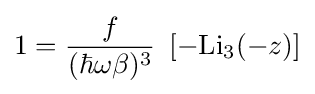
1={\frac {f}{(\hbar \omega \beta )^{3}}}~\left[-\mathrm {Li} _{3}(-z)\right]